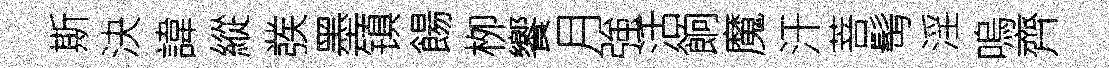
斯決諱縱彂墨镇餳栁饗月強活餉魔汗菩髩淫嗚齊